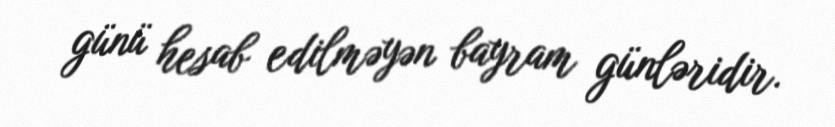
günü hesab edilməyən bayram günləridir.